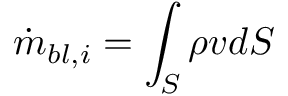
\dot { m } _ { b l , i } = \int _ { S } \rho v d S